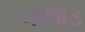
વાલોડ